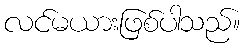
လင်မယားဖြစ်ပါသည်။